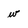
Character: w